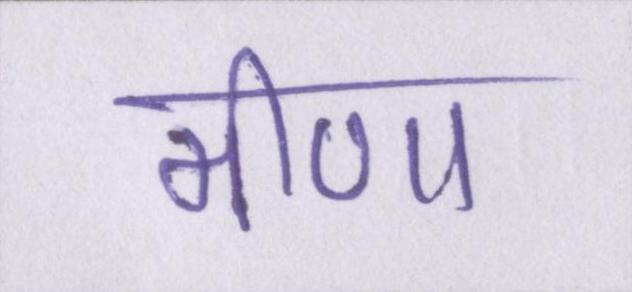
मीणा